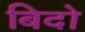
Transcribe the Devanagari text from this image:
बिदो